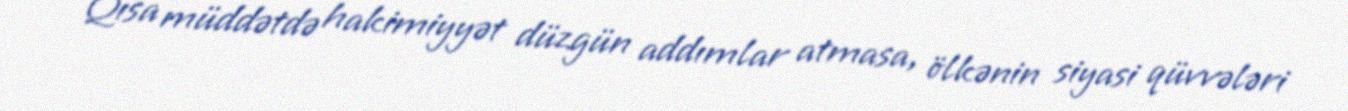
Qısa müddətdə hakimiyyət düzgün addımlar atmasa, ölkənin siyasi qüvvələri